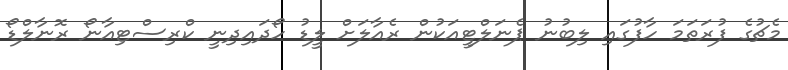
މެޗުގެ ފުރަތަމަ ހާފުގައި ލިބުނު ޕެނަލްޓީއަކުން ރެއާލަށް ލީޑު ހޯދައިދިނީ ކްރިސްޓިއާނޯ ރޮނާލްޑޯ